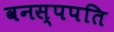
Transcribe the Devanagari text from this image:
वनस्पपति